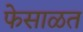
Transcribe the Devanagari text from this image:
फेसाळत